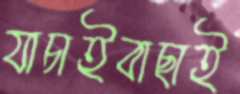
যাচাইবাছাই